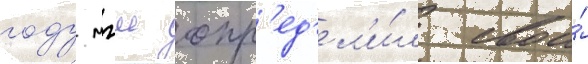
году мгш опр'ед'ел'и́л свои́